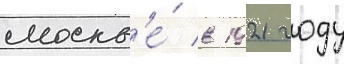
москв'е́ в 1921 году